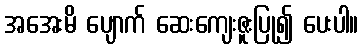
အအေးမိ ပျောက် ဆေးကျေးဇူးပြု၍ ပေးပါ။